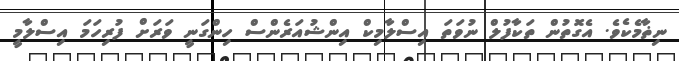
ނިޡާމެކެވެ. އެގޮތުން ތަކާފުލް ނުވަތަ އިސްލާމިކް އިންޝުއަރެންސް ހިންގަނީ ވަރަށް ފުރިހަމަ އިސްލާމީ